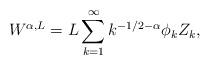
LaTeX: \begin{align*}W^{\alpha, L} = L \sum_{k=1}^\infty k^{-1/2- \alpha}\phi_k Z_k, \end{align*}